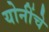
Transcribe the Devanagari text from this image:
योनींचे